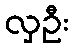
လှဦး